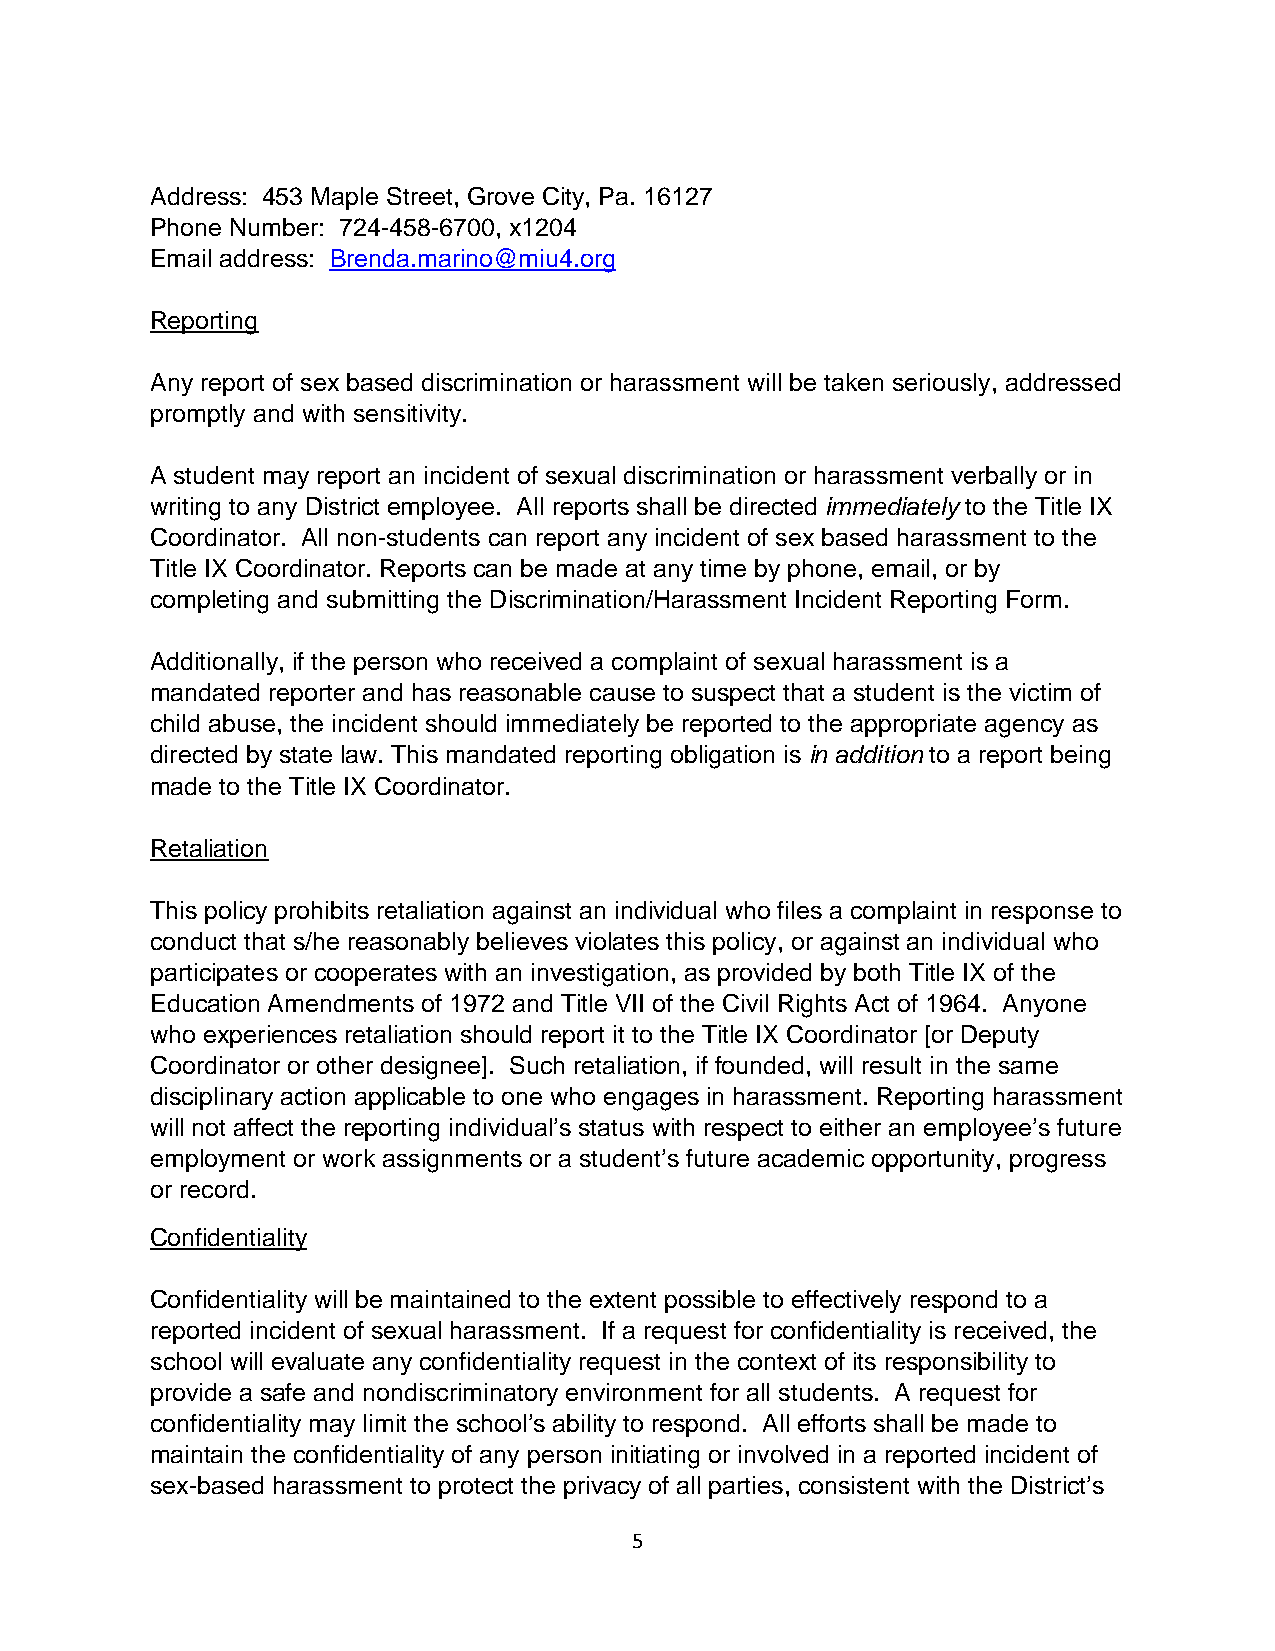
Address: 453 Maple Street, Grove City, Pa. 16127
 Phone Number: 724-458-6700, x1204
 Email address: Brenda.marino@miu4.org
 Reporting
 Any report of sex based discrimination or harassment will be taken seriously, addressed
 promptly and with sensitivity.
 A student may report an incident of sexual discrimination or harassment verbally or in
 writing to any District employee. All reports shall be directed immediately to the Title IX
 Coordinator. All non-students can report any incident of sex based harassment to the
 Title IX Coordinator. Reports can be made at any time by phone, email, or by
 completing and submitting the Discrimination/Harassment Incident Reporting Form.
 Additionally, if the person who received a complaint of sexual harassment is a
 mandated reporter and has reasonable cause to suspect that a student is the victim of
 child abuse, the incident should immediately be reported to the appropriate agency as
 directed by state law. This mandated reporting obligation is in addition to a report being
 made to the Title IX Coordinator.
 Retaliation
 This policy prohibits retaliation against an individual who files a complaint in response to
 conduct that s/he reasonably believes violates this policy, or against an individual who
 participates or cooperates with an investigation, as provided by both Title IX of the
 Education Amendments of 1972 and Title VII of the Civil Rights Act of 1964. Anyone
 who experiences retaliation should report it to the Title IX Coordinator [or Deputy
 Coordinator or other designee]. Such retaliation, if founded, will result in the same
 disciplinary action applicable to one who engages in harassment. Reporting harassment
 will not affect the reporting individual’s status with respect to either an employee’s future
 employment or work assignments or a student’s future academic opportunity, progress
 or record.
 Confidentiality
 Confidentiality will be maintained to the extent possible to effectively respond to a
 reported incident of sexual harassment. If a request for confidentiality is received, the
 school will evaluate any confidentiality request in the context of its responsibility to
 provide a safe and nondiscriminatory environment for all students. A request for
 confidentiality may limit the school’s ability to respond. All efforts shall be made to
 maintain the confidentiality of any person initiating or involved in a reported incident of
 sex-based harassment to protect the privacy of all parties, consistent with the District’s
 5